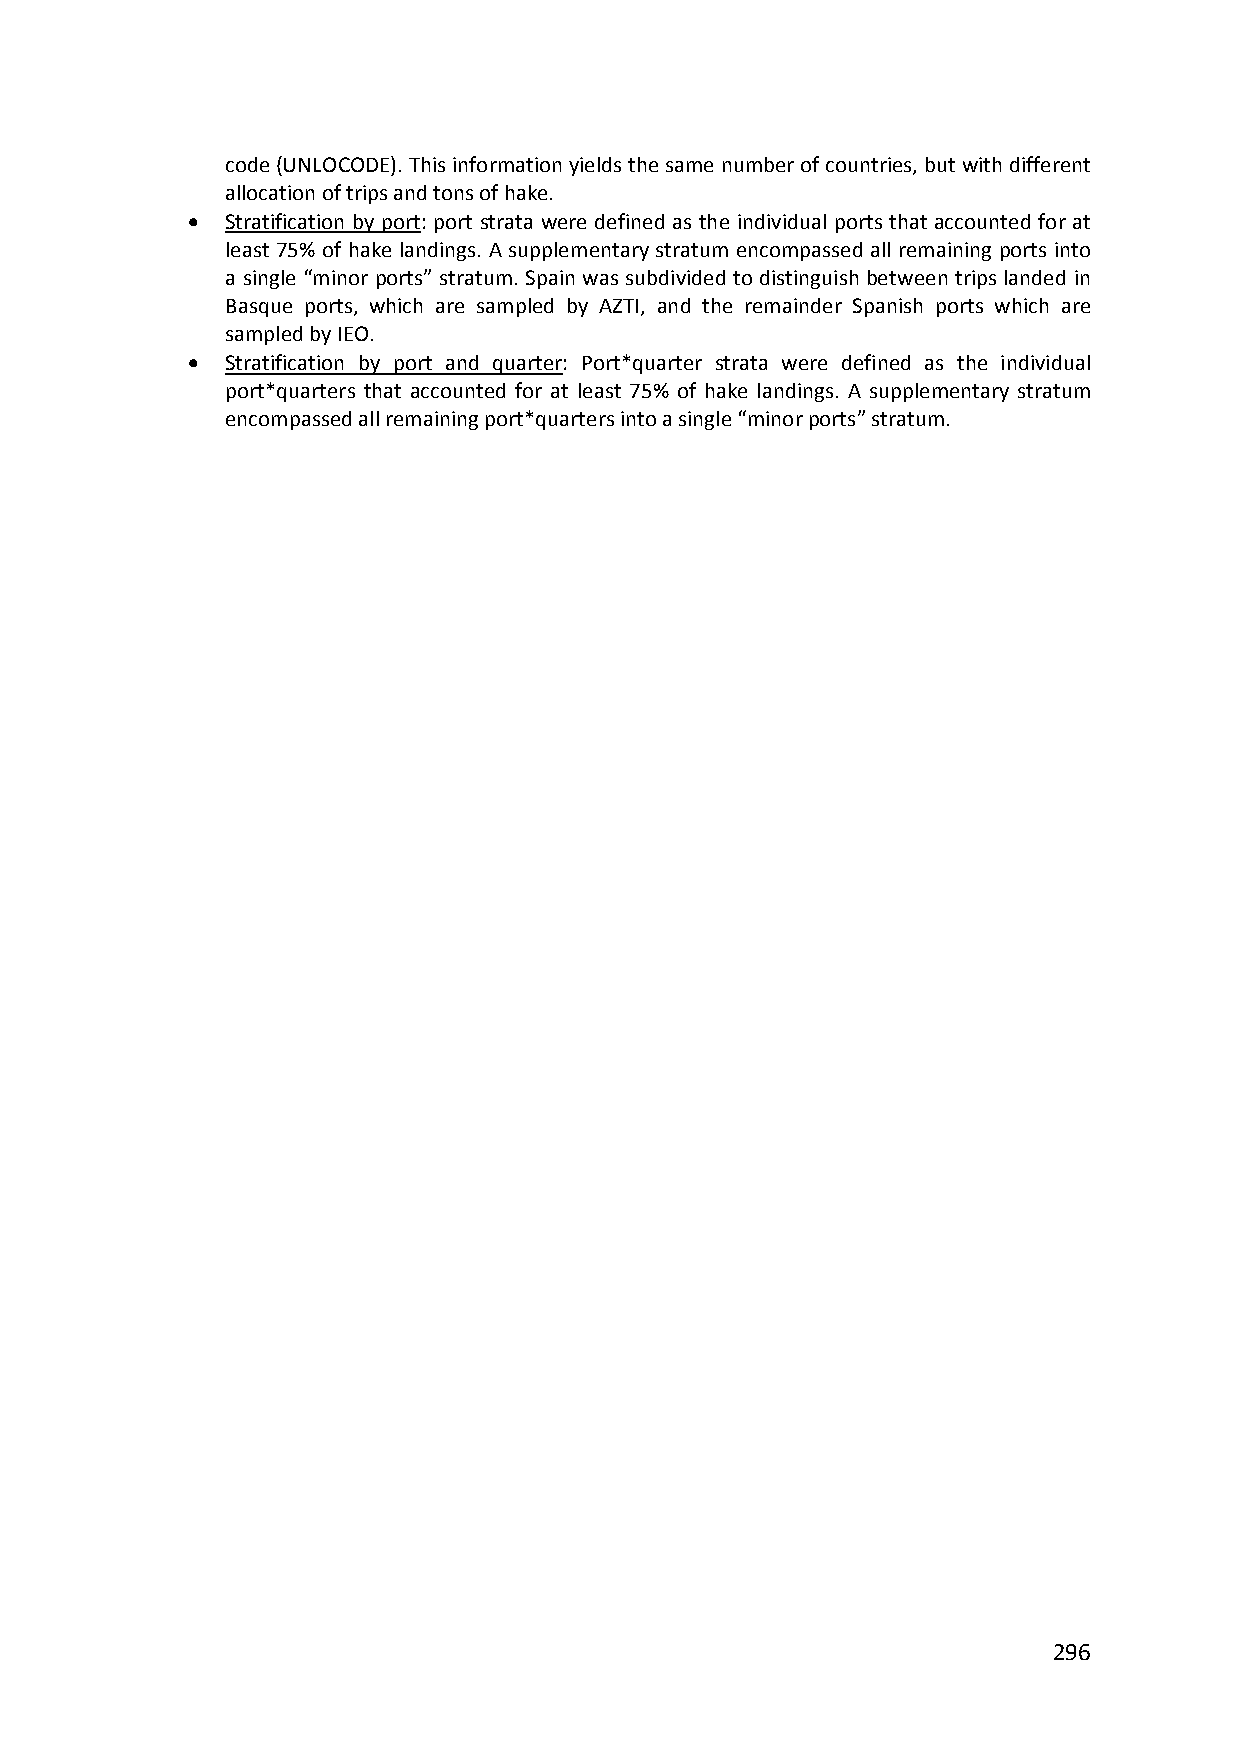
code (UNLOCODE). This information yields the same number of countries, but with different
 allocation of trips and tons of hake.
   Stratification by port: port strata were defined as the individual ports that accounted for at
 least 75% of hake landings. A supplementary stratum encompassed all remaining ports into
 a single “minor ports” stratum. Spain was subdivided to distinguish between trips landed in
 Basque ports, which are sampled by AZTI, and the remainder Spanish ports which are
 sampled by IEO.
   Stratification by port and quarter: Port*quarter strata were defined as the individual
 port*quarters that accounted for at least 75% of hake landings. A supplementary stratum
 encompassed all remaining port*quarters into a single “minor ports” stratum.
 296